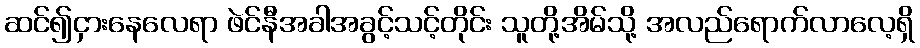
ဆင်၍ငှားနေလေရာ ဖဲင်နီအခါအခွင့်သင့်တိုင်း သူတို့အိမ်သို့ အလည်ရောက်လာလေ့ရှိ